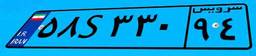
۶۰S۹۸۲۹۲